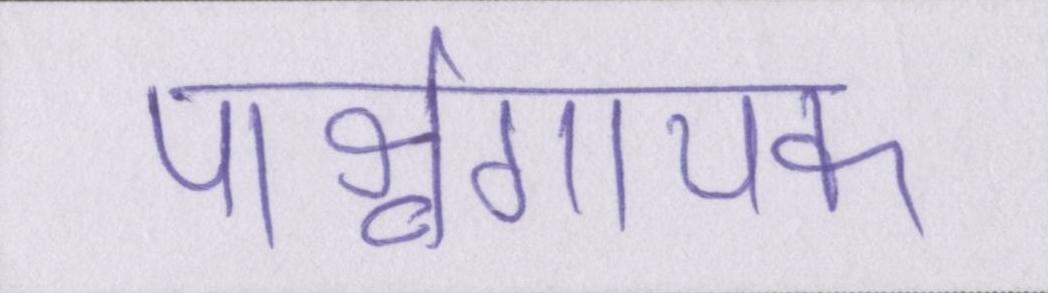
पार्श्वगायक